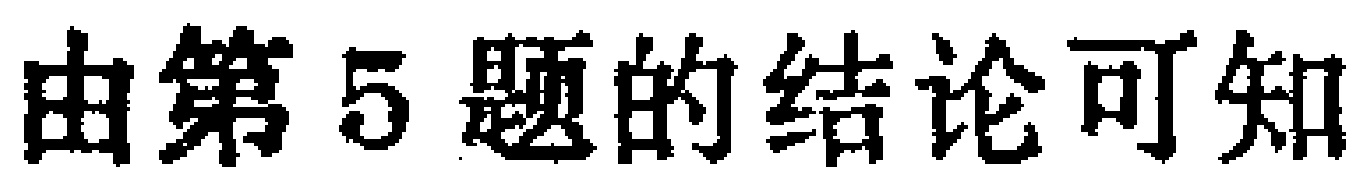
由第5题的结论可知